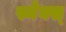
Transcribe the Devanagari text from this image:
स्नेक्स्